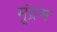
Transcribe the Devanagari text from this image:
मूंद्रम